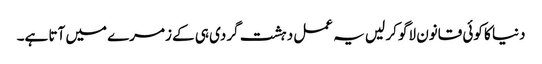
دنیا کا کوئی قانون لاگو کر لیں یہ عمل دہشت گردی ہی کے زمرے میں آتا ہے۔